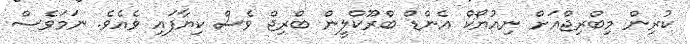
ކުރިން މިބްރިޖްއަށް ނިއުޔޯކް އެންޑް ބްރޫކްލީން ބްރިޖް ވެސް ކިޔާފައި ވެއެވެ. ނަމަވެސް